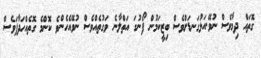
ގޮތައް ދިމާވެސް ނުވޭ.އަޅުގަނޑަށްވެސް ބިޒީކަމުން ފޯނުގަ އަތްލާނެ ވަގުތެއްވެސް ނުވޭއެހެންވެ ކޮންމެ ގޮތެއްހަދާފަވެސް